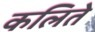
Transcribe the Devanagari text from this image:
कलिते